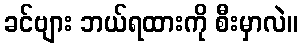
ခင်ဗျား ဘယ်ရထားကို စီးမှာလဲ။